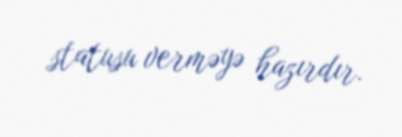
statusu verməyə hazırdır.